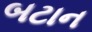
બટાન